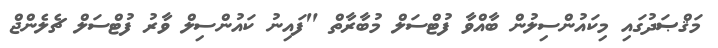
މަޤްޞަދުގައި މިކައުންސިލުން ބާއްވާ ފުޓްސަލް މުބާރާތް "ފައިނު ކައުންސިލް ވާރު ފުޓްސަލް ޗެލެންޖް